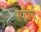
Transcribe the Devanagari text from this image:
रफीचे